[Report on the health of British troops in the Madras command]
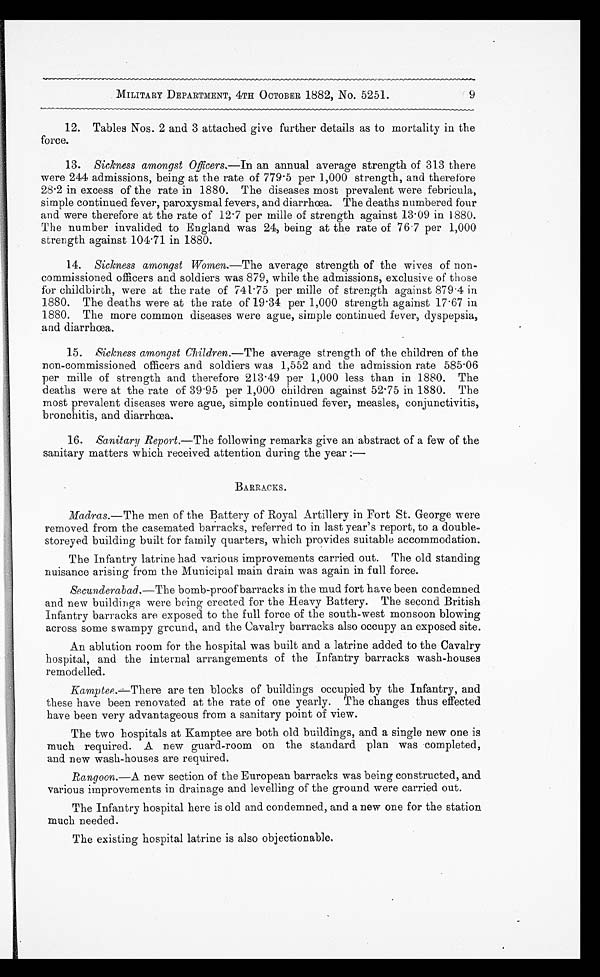
MILITARY DEPARTMENT, 4TH OCTOBER 1882, No. 5251.
9
12. Tables Nos. 2 and 3 attached give further details as to mortality in the
force.
13.
Sickness amongst Officers. —In an annual average strength of 313 there
were 244 admissions, being at the rate of 779.5 per 1,000 strength, and therefore
28.2 in excess of the rate in 1880. The diseases most prevalent were febricula,
simple continued fever, paroxysmal fevers, and diarrhœa. The deaths numbered four
and were therefore at the rate of 12.7 per mile of strength against 13.09 in 1880.
The number invalided to England was 24, being at the rate of 76.7 per 1,000
strength against 104.71 in 1880.
14.
Sickness amongst Women. —The average strength of the wives of non
-commissioned officers and soldiers was 879, while the admissions, exclusive of these
for childbirth, were at the rate of 741.75 per mile of strength against 879.4 in
1880. The deaths were at the rate of 19.34 per 1,000 strength against 17.67 in
1880. The more common diseases were ague, simple continued fever, dyspepsia,
and diarrhœa.
15.
Sickness amongst Children. —The average strength of the children of the
non-commissioned officers and soldiers was 1,552 and the admission rate 585.06
per mille of strength and therefore 213.49 per 1,000 less than in 1880. The
deaths were at the rate of 39.95 per 1,000 children against 52.75 in 1880. The
most prevalent diseases were ague, simple continued fever, measles, conjunctivitis,
bronchitis, and diarrhœa.
16.
Sanitary Report. —The following remarks give an abstract of a few of the
sanitary matters which received attention during the year:—
BARRACKS.
Madras .—The men of the Battery of Royal Artillery in Fort St. George were
removed from the casemated barracks, referred to in last year's report, to a double
storeyed building built for family quarters, which provides suitable accommodation.
The Infantry latrine had various improvements carried out. The old standing
nuisance arising from the Municipal main drain was again in full force.
Secunderabad. —The bomb-proof barracks in the mud fort have been condemned
and new buildings were being erected for the Heavy Battery. The second British
Infantry barracks are exposed to the full force of the south-west monsoon blowing
across some swampy ground, and the Cavalry barracks also occupy an exposed site.
An ablution room for the hospital was built and a latrine added to the Cavalry
hospital, and the internal arrangements of the Infantry barracks wash-houses
remodelled.
Kamptee.—There are ten blocks of buildings occupied by the Infantry, and
these have been renovated at the rate of one yearly. The changes thus effected
have been very advantageous from a sanitary point of view.
The two hospitals at Kamptee are both old buildings, and a single new one is
much required. A new guard-room on the standard plan was completed,
and new wash-houses are required.
Rangoon .—A new section of the European barracks was being constructed, and.
various improvements in drainage and levelling of the ground were carried out.
The Infantry hospital here is old and condemned, and a new one for the station
much needed.
The existing hospital latrine is also objectionable.